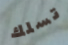
تسلك